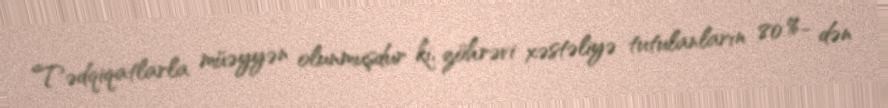
Tədqiqatlarla müəyyən olunmuşdur ki, zöhrəvi xəstəliyə tutulanların 80 %- dən